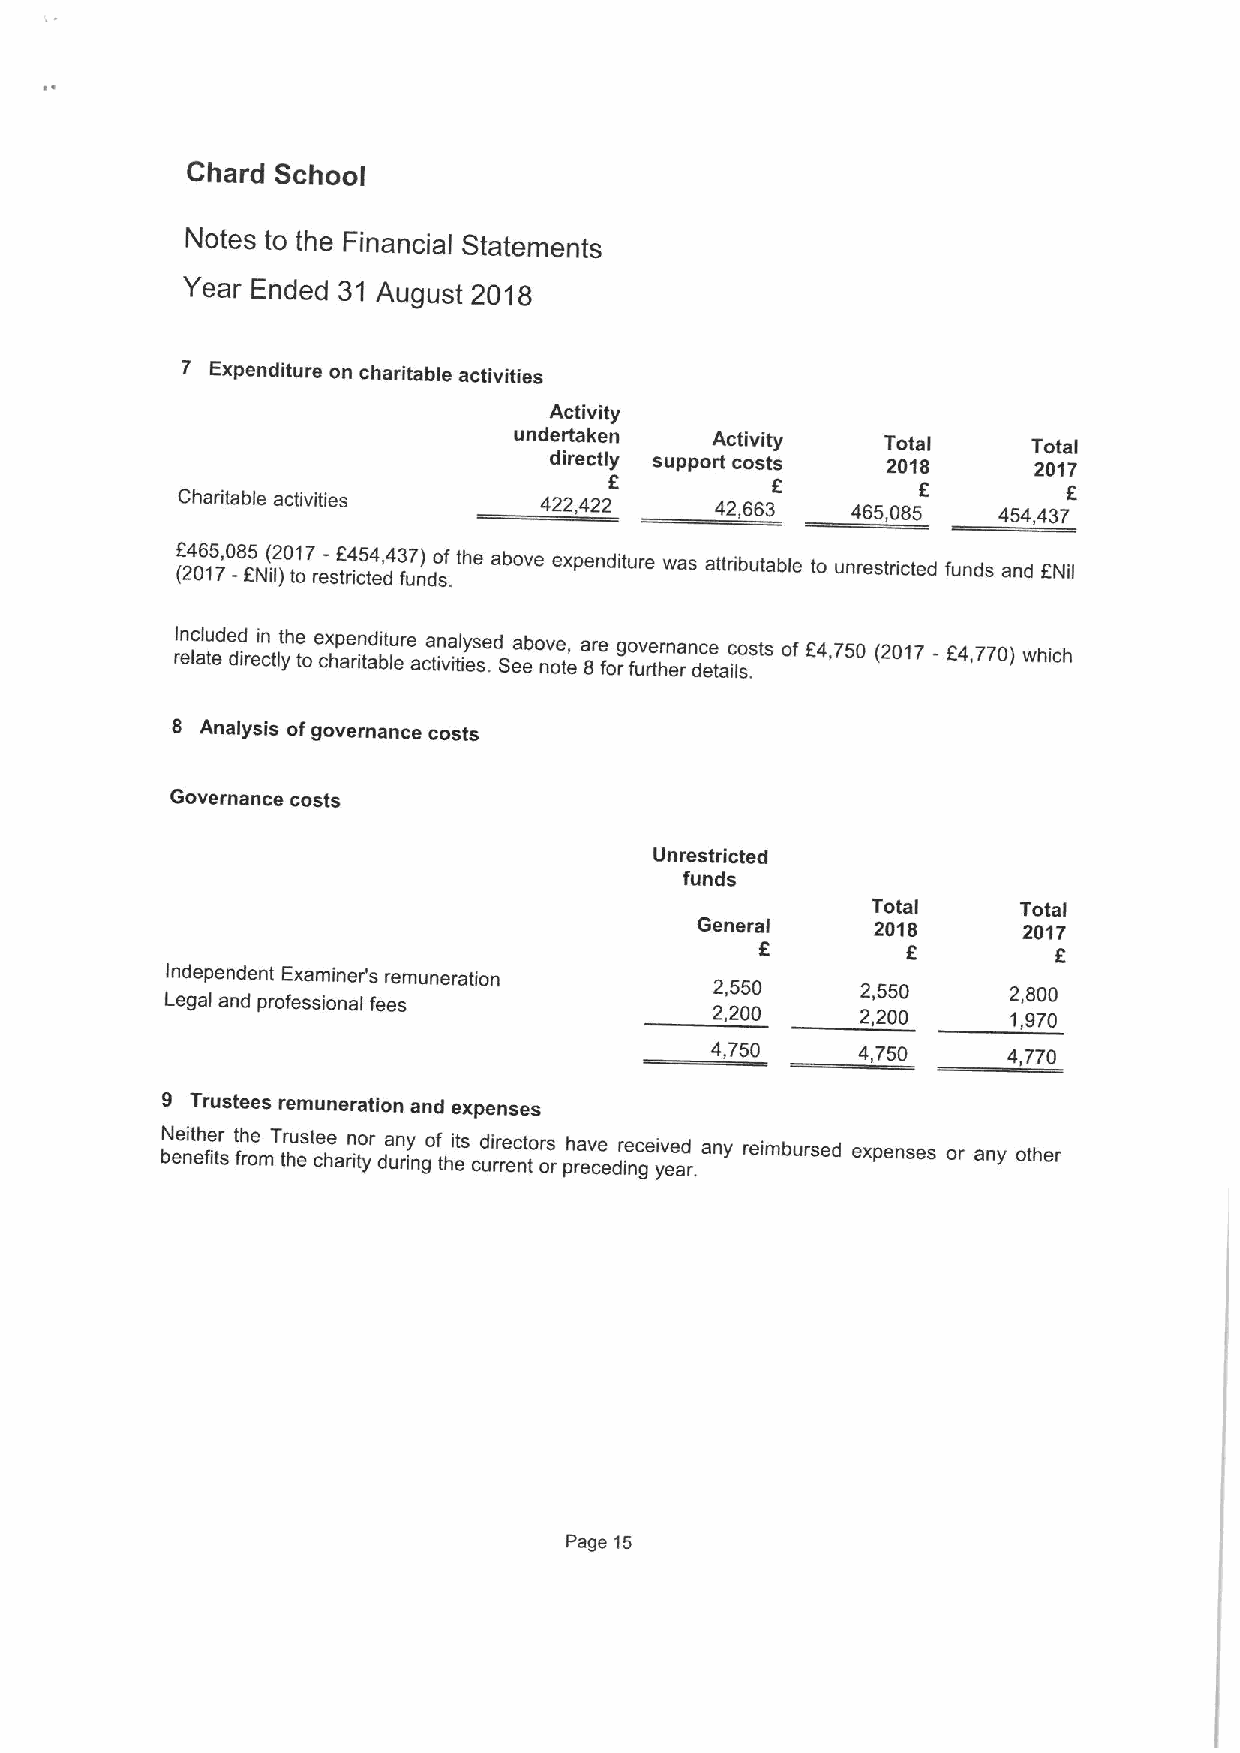
Chard School
 Notes to the Financial Statements
 Year Ended 31 August 2018
 7 Expenditure on charitable activities
 Activity
 undertaken   Activity   Total     Total
 directly f support costs 2018   2017
 f
 Charitable activities   422,422    42,663   465,085   454,437
 f (24 06 15 7,0 -8 f5 N( il2 )0 t1 o7 re- stf r4 ic5 te4 d,43 fu7 n) do s.fthe above expenditure was attributable to unrestricted funds and f Nil
 rI en lc al tu ede dd irecin tlythe toe cx hp ae rn itd ai btu lere aca tin va il ty ies se .d Seab eo nv oe t,
 e
 a 8re forgo fuv re tr hn ea rnc de etaic lso .sts of f4,750 (2017 - f4,770) which
 8 Analysis ofgovernance costs
 Governance costs
 Unrestricted
 funds
 Total     Total
 General     2018      2017
 f         f         f
 Independent Examiner's remuneration
 Legal and professional fees
 2,550     2,550     2,800
 2,200     2,200     1,970
 4,750     4,750     4,770
 9 Trustees remuneration and expenses
 bN ee ni eth fe itr s t fh roe mT tr hu este ce harin tyor da un riy ngof thi ets cd urir re enct tor os
 r
 ph ra ev ce edir ne gcei yv ee ad
 r.
 any reimbursed expenses or any other
 Page 15